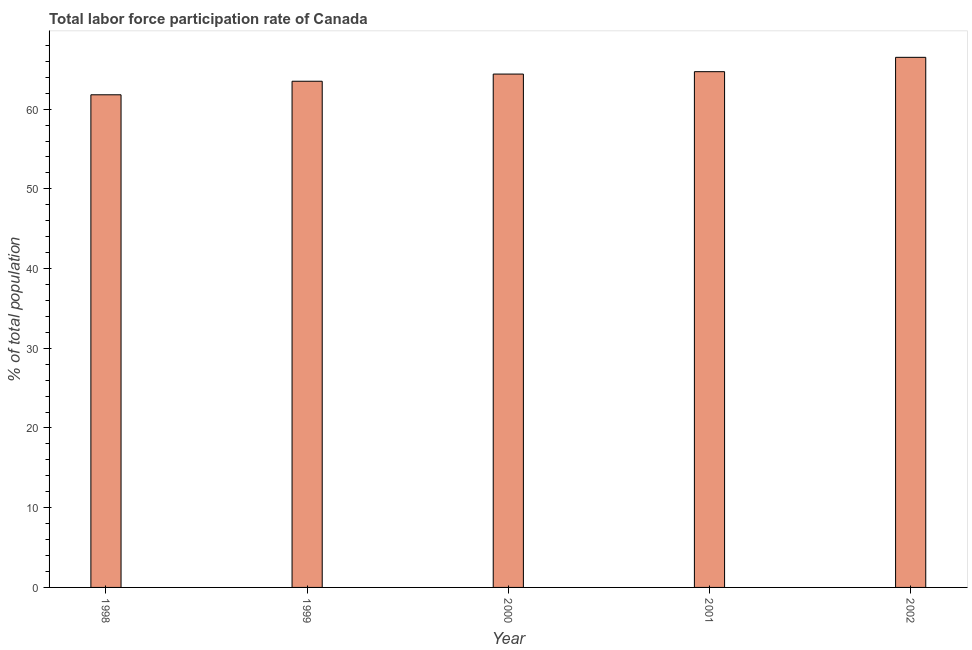
| Year | Labor force participation rate for ages 15-24 total |
 | --- | --- |
 | 1998 | 61.8 |
 | 1999 | 63.5 |
 | 2000 | 64.4 |
 | 2001 | 64.7 |
 | 2002 | 66.5 |